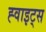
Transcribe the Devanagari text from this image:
ह्वाइट्स